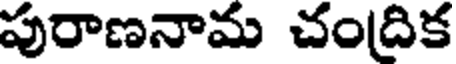
పురాణనామ చందిక